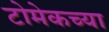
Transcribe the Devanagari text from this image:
टोमेकच्या